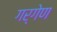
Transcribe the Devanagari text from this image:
गर्गेण